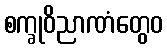
စက္ခုဝိညာဏံတွေဝ